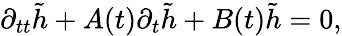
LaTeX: \begin{array}{r}{\partial_{tt}\tilde{h}+A(t)\partial_{t}\tilde{h}+B(t)\tilde{h}=0,}\end{array}